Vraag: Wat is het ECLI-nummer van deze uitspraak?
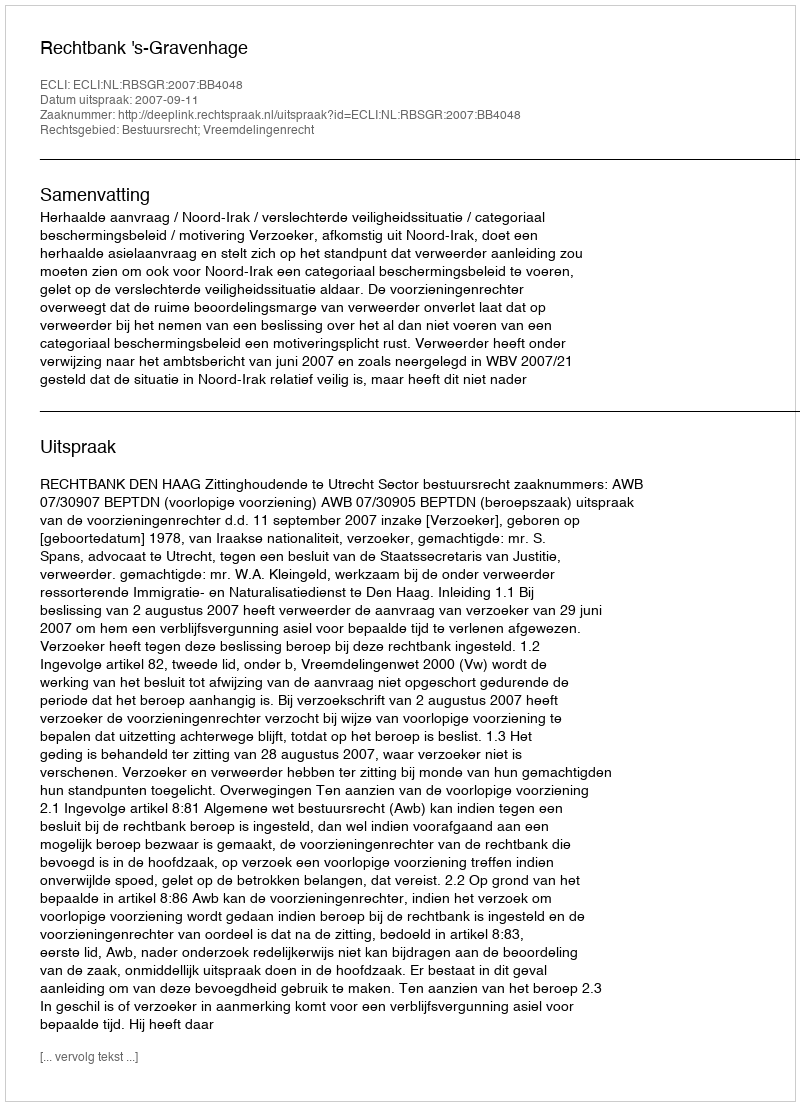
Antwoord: ECLI:NL:RBSGR:2007:BB4048